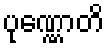
ပုဏ္ဏောတိ